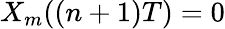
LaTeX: X_{m}((n+1)T)=0